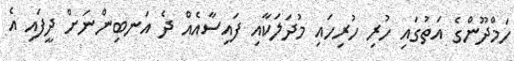
ހަމްދޫންގެ އަތުގައި ހުރި ހުރިހައި މުދަލަކާއި ފައިސާއެއް ދެ އަނބިންނަށް ދީފައި އެ